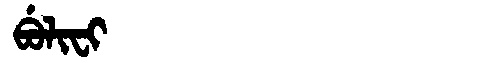
Manchu: ᠪᡠᠯᡳᠸᡳ
Romanization: BULIFI